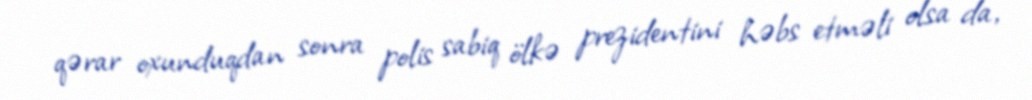
qərar oxunduqdan sonra polis sabiq ölkə prezidentini həbs etməli olsa da,